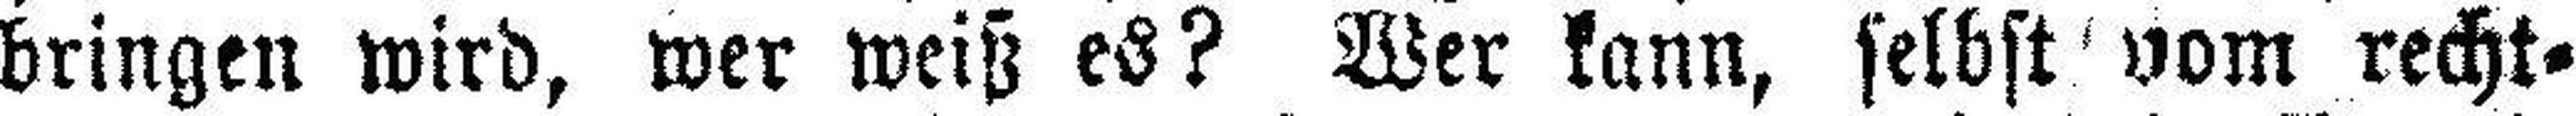
bringen wird, wer weiß es? Wer kann, selbst vom recht¬